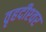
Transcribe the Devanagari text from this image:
वृहदीश्‍वर